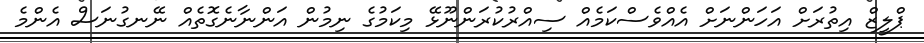
ޕްލީޒް އިތުރަށް އަހަންނަށް އެއްވެސްކަމެއް ސިއްރުކުރަންނޫޅޭ މިކަމުގެ ނިމުން އަންނާނެގޮތެއް ނޭނގުނަސް އެންމެ